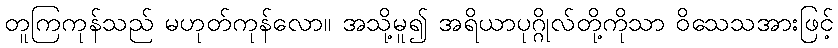
တူကြကုန်သည် မဟုတ်ကုန်လော။ အသို့မူ၍ အရိယာပုဂ္ဂိုလ်တို့ကိုသာ ဝိသေသအားဖြင့်